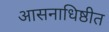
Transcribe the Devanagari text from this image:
आसनाधिष्ठीत